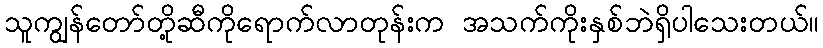
သူကျွန်တော်တို့ဆီကိုရောက်လာတုန်းက အသက်ကိုးနှစ်ဘဲရှိပါသေးတယ်။